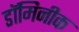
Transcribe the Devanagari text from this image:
डॉमिनीक